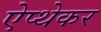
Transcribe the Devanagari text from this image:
ऐप्थेकर